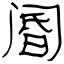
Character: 阍